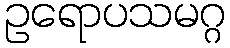
ဥရောပသမဂ္ဂ